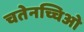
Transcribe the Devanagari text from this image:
चतेनच्चिओ